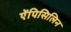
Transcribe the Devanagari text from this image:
ऐंपिसिलिन